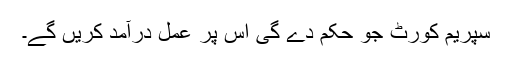
سپریم کورٹ جو حکم دے گی اس پر عمل درآمد کریں گے۔